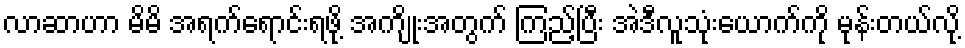
လာဆာဟာ မိမိ အရက်ရောင်းရဖို့ အကျိုးအတွက် ကြည့်ပြီး အဲဒီလူသုံးယောက်ကို မုန်းတယ်လို့